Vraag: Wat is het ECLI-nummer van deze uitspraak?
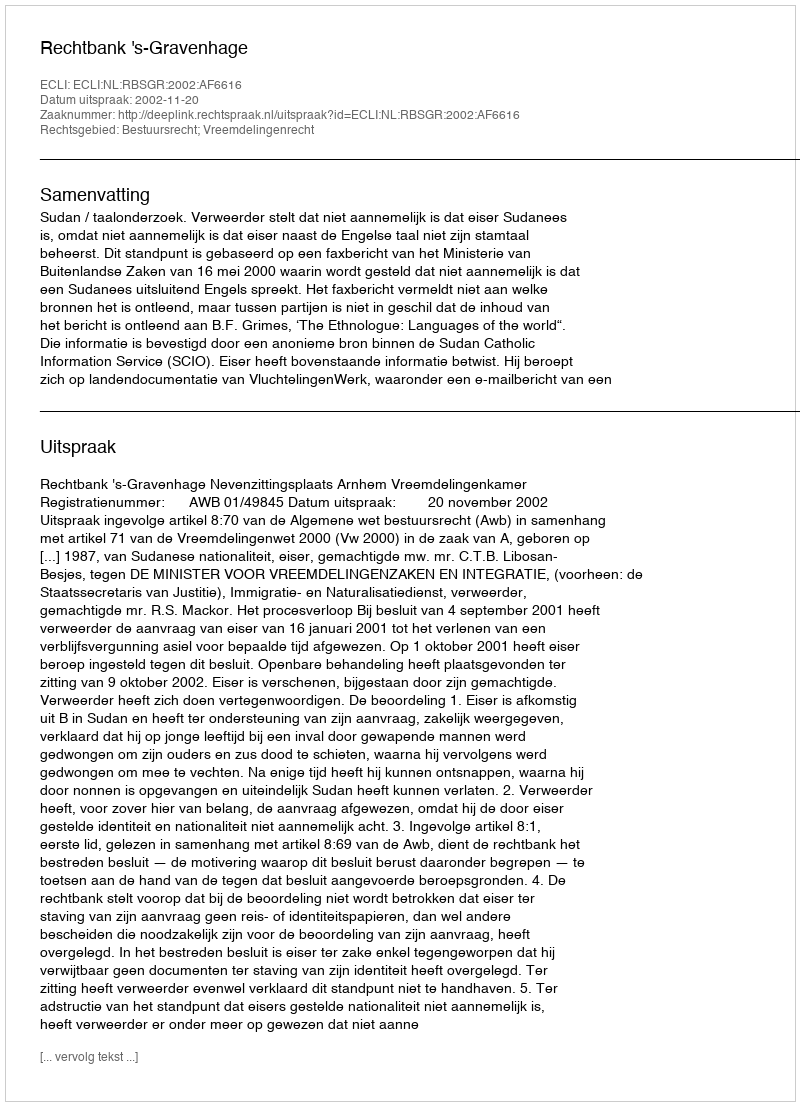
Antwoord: ECLI:NL:RBSGR:2002:AF6616